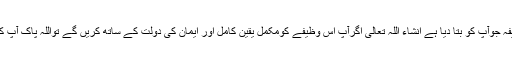
دوستو یہ ہے بہت زبردست اورنایاب وظیفہ جوآپ کو بتا دیا ہے انشاء اللہ تعالی اگرآپ اس وظیفے کومکمل یقین کامل اور ایمان کی دولت کے ساتھ کریں گے تواللہ پاک آپ کو ہرصورت میں کامیابی عطا فرمائے گا۔